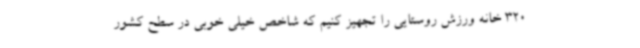
320 خانه ورزش روستایی را تجهیز کنیم که شاخص خیلی خوبی در سطح کشور